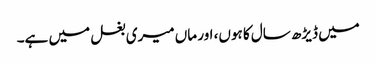
میں ڈیڑھ سال کا ہوں، اور ماں میری بغل میں ہے۔